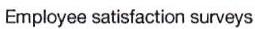
Employee satisfaction surveys